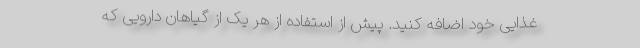
غذایی خود اضافه کنید. پیش از استفاده از هر یک از گیاهان دارویی که